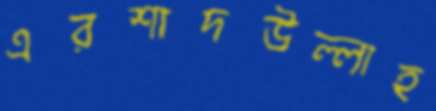
এরশাদউল্লাহ